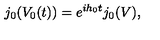
j _ { 0 } ( V _ { 0 } ( t ) ) = e ^ { i h _ { 0 } t } j _ { 0 } ( V ) ,